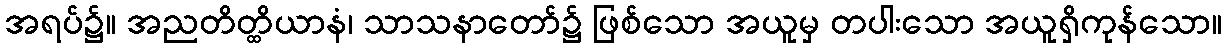
အရပ်၌။ အညတိတ္ထိယာနံ၊ သာသနာတော်၌ ဖြစ်သော အယူမှ တပါးသော အယူရှိကုန်သော။